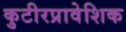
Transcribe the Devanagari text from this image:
कुटीरप्रावेशिक